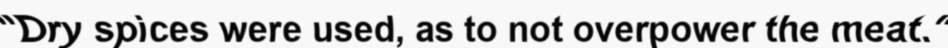
"Dry spices were used, as to not overpower the meat."